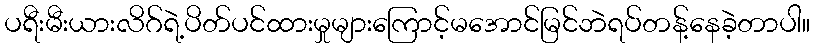
ပရီးမီးယားလိဂ်ရဲ့ပိတ်ပင်ထားမှုများကြောင့်မအောင်မြင်ဘဲရပ်တန့်နေခဲ့တာပါ။